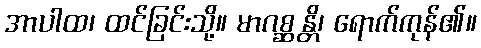
အာပါထ၊ ထင်ခြင်းသို့။ မာဂစ္ဆန္တိ၊ ရောက်ကုန်၏။